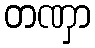
တဏှာ